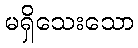
မရှိသေးသော